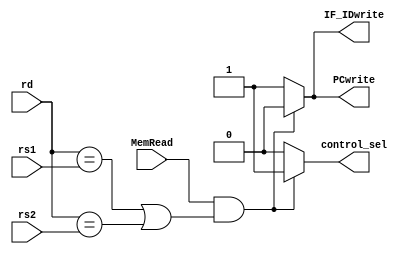
`timescale 1ns / 1ps
//////////////////////////////////////////////////////////////////////////////////
// Company: 
// Engineer: 
// 
// Design Name: 
// Module Name: hazard_detection
// Project Name: 
// Target Devices: 
// Tool Versions: 
// Description: 
// 
// Dependencies: 
// 
// Revision:
// Revision 0.01 - File Created
// Additional Comments:
// 
//////////////////////////////////////////////////////////////////////////////////


module hazard_detection(input [4:0] rd,         // adresa registrului destinatie in etapa EX
                        input [4:0] rs1,        // adresa registrului sursa 1 decodificat in etapa ID
                        input [4:0] rs2,        // adresa registrului sursa 2 decodificat in etapa ID
                        input MemRead,          // semnalul de control MemRead din etapa EX
                        output reg PCwrite,     // semnalul PCwrite ce controleaza scrierea in registrul PC
                        output reg IF_IDwrite,  // semnal ce controleaza scrierea in registrul de pipeline IF_ID
                        output reg control_sel);// semnal transmis spre unitatea de control
    always@(*)
    begin
        if (MemRead && ((rd == rs1) || (rd == rs2)))   // hazard detectat
        begin
            control_sel <= 1;
            PCwrite <= 0;
            IF_IDwrite <= 0;
        end
        else
        begin
            control_sel <= 0;
            PCwrite <= 1;
            IF_IDwrite <= 1;
        end
    end
endmodule